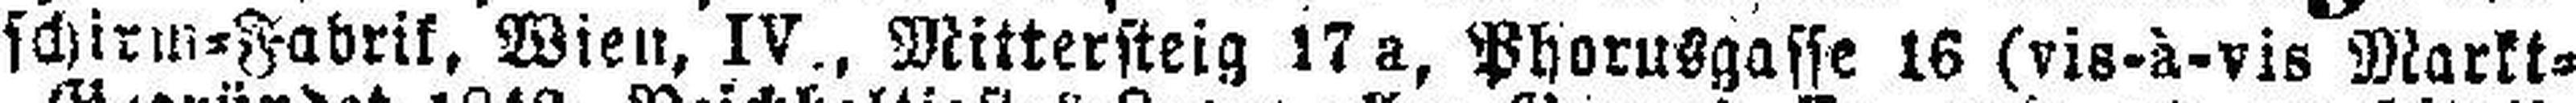
schirm=Fabrik, Wien, IV., Mittersteig 17 a, Phorusgasse 16 (vis-à-vis Markt¬